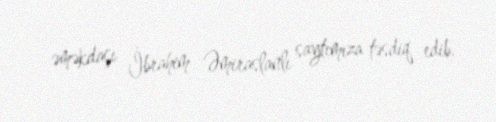
əməkdaşı İbrahim Əmiraslanlı saytımıza təsdiq edib.